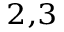
^ { 2 , 3 }